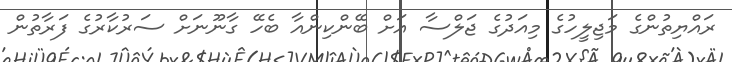
ރައްޔިތުންގެ މަޖިލީހުގެ މިއަދުގެ ޖަލްސާ އަށް ބޭންކިންއާ ބެހޭ ގާނޫނަށް ސަރުކާރުގެ ފަރާތުން